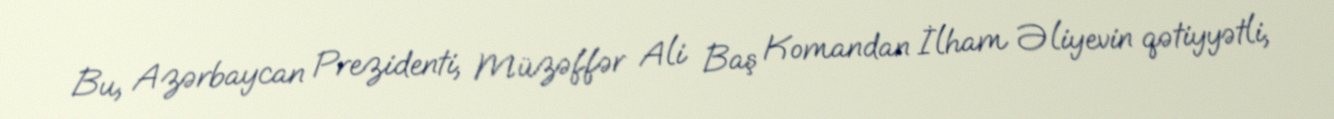
Bu, Azərbaycan Prezidenti, Müzəffər Ali Baş Komandan İlham Əliyevin qətiyyətli,